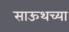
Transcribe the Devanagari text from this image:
साऊथच्या